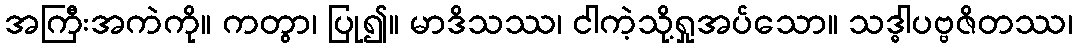
အကြီးအကဲကို။ ကတွာ၊ ပြု၍။ မာဒိသဿ၊ ငါကဲ့သို့ရှုအပ်သော။ သဒ္ဓါပဗ္ဗဇိတဿ၊